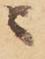
ニ